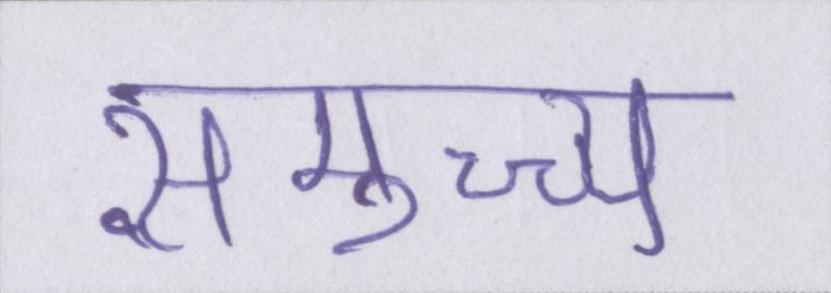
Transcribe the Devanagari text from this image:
समुच्च्य